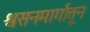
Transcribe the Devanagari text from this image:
श्वसनमार्गातून